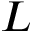
L